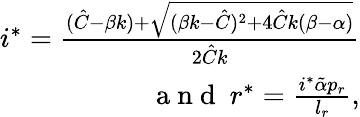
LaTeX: \begin{array}{r}{i^{*}=\frac{(\hat{C}-\beta k)+\sqrt{(\beta k-\hat{C})^{2}+4\hat{C}k(\beta-\alpha)}}{2\hat{C}k}}\\ {\mathrm{~a~n~d~}\ r^{*}=\frac{i^{*}{\tilde{\alpha}}p_{r}}{l_{r}},}\end{array}